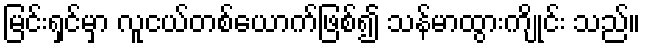
မြင်းရှင်မှာ လူငယ်တစ်ယောက်ဖြစ်၍ သန်မာထွားကျိုင်း သည်။